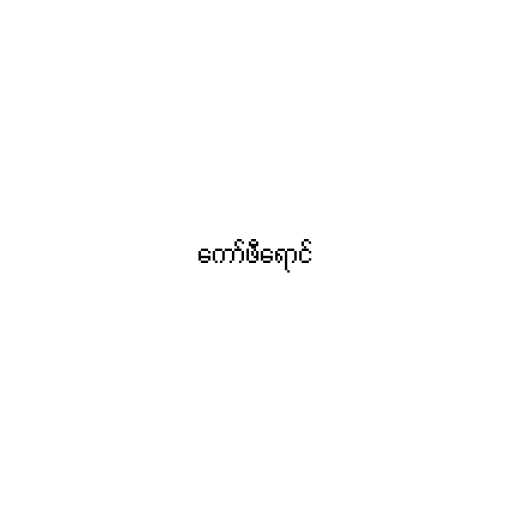
ကော်ဖီရောင်